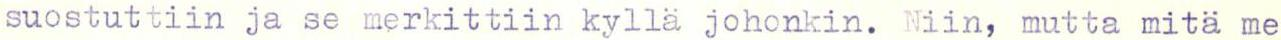
suostuttiin ja se merkittiin kyllä johonkin. Niin, mutta mitä me